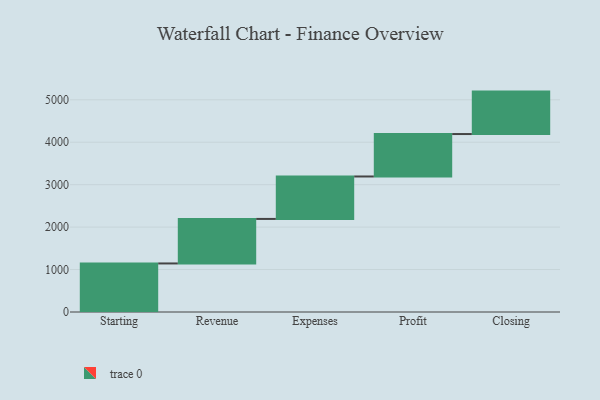
{"axis": {"x": "Step", "y": "Value"}, "legend": [""], "data": [{"x": "Starting", "y": 1144.0, "type": ""}, {"x": "Revenue", "y": 1049.0, "type": ""}, {"x": "Expenses", "y": 1000, "type": ""}, {"x": "Profit", "y": 1000, "type": ""}, {"x": "Closing", "y": 1000, "type": ""}]}